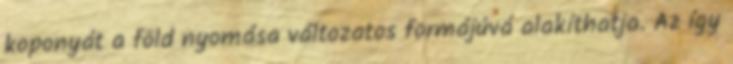
koponyát a föld nyomása változatos formájúvá alakíthatja. Az így